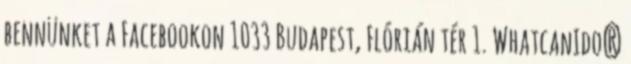
bennünket a Facebookon 1033 Budapest, Flórián tér 1. WhatcanIdo?